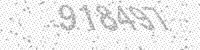
Solution: 918497